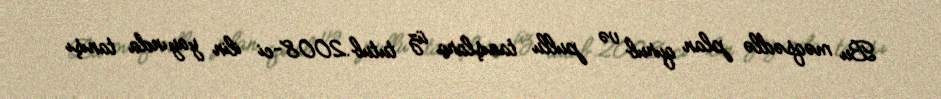
Bu məqsədlə plan qurub və pullu tanışlara üz tutub.2008-ci ilin yayında tanışı